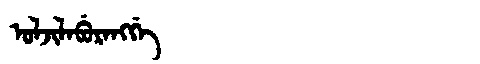
Manchu: ᠣᠯᠵᡳᠯᠠᠪᡠᡵᠠᠩᡤᡝ
Romanization: OLJILABURANGGE